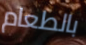
بالطعام